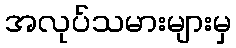
အလုပ်သမားများမှ